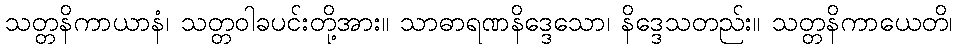
သတ္တနိကာယာနံ၊ သတ္တဝါခပင်းတို့အား။ သာဓာရဏနိဒ္ဒေသော၊ နိဒ္ဒေသတည်း။ သတ္တနိကာယေတိ၊